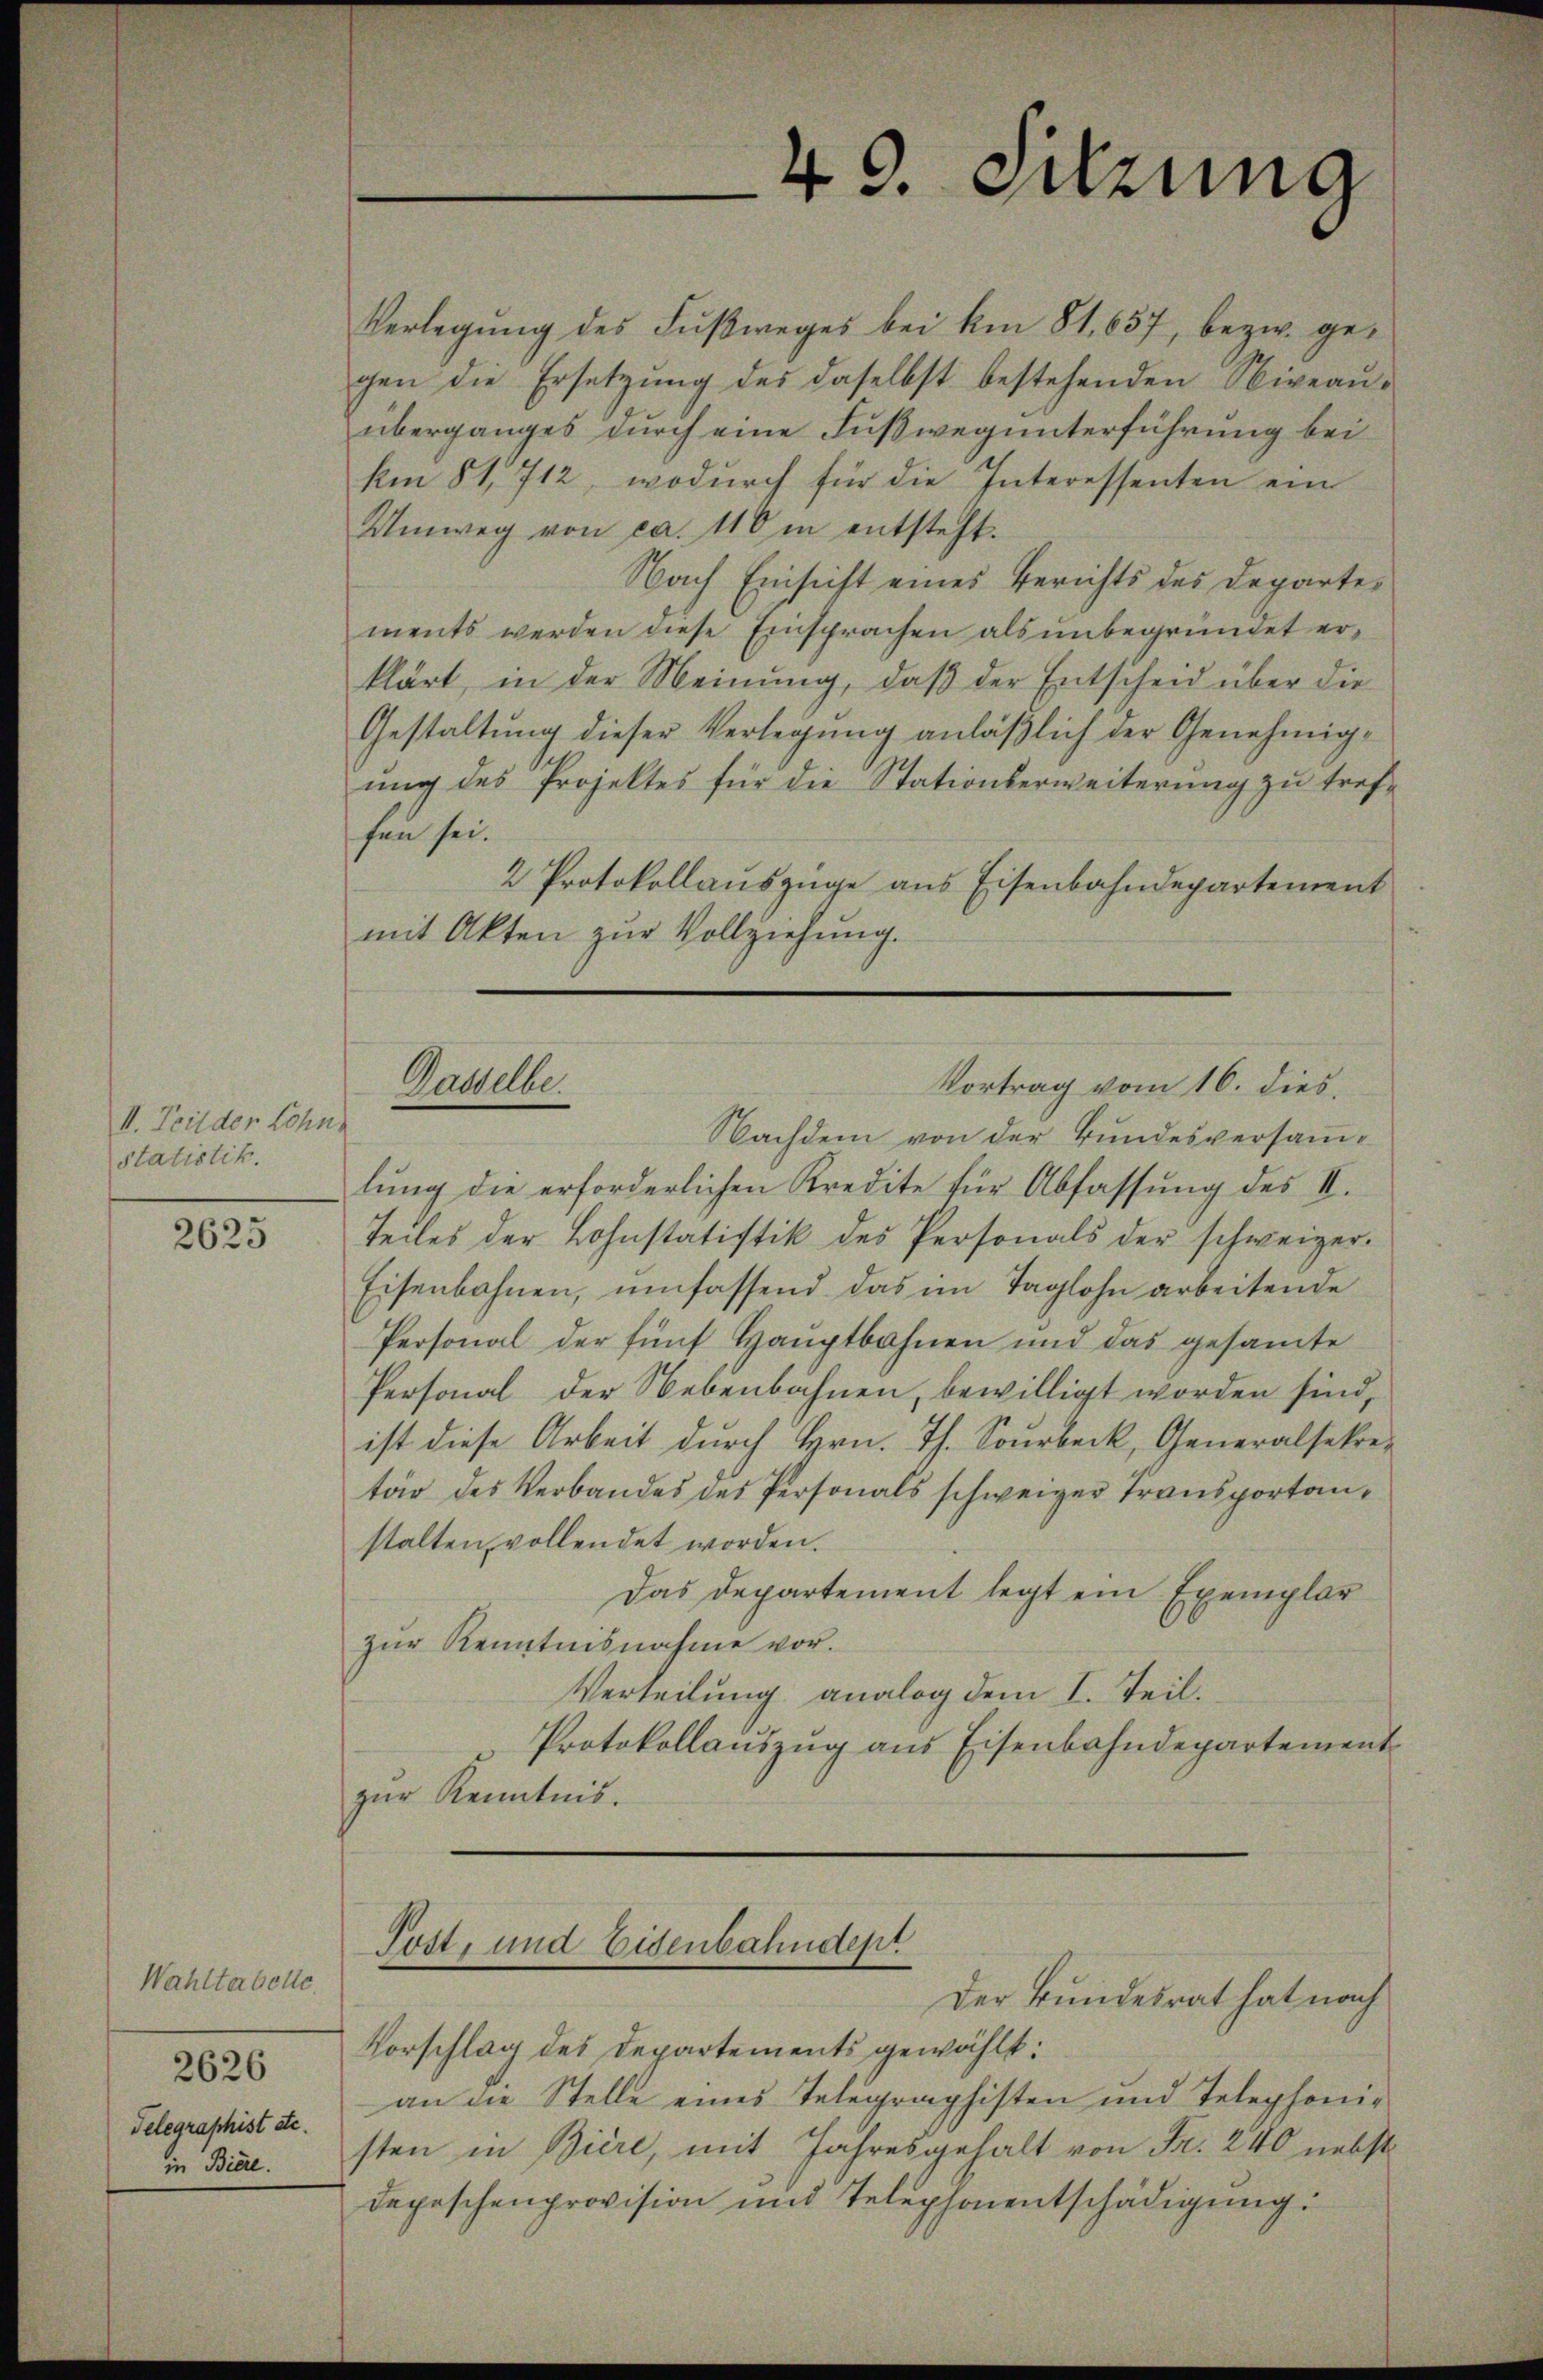
II. Teil der Lohn
statistik.

2625

Wahltabelle
2626
Telegraphist etc.
in Biere.

Verlegung des Fußweges bei Am 81. 657, bezw. gegen die Ersetzung des daselbst bestehenden Niveauüberganges durch eine Fußweg unterführung bei
km 81, 712, wodurch für die Interessenten ein
Umweg von ca. 110 in entsteht.
Nach Einsicht eines Berichts des Departements werden diese Einsprachen als unbegründet erklärt, in der Meinung, daß der Entscheid über die
Gestaltung dieser Verlegung anläßlich der Genehmigŭng des Projektes für die Stationserweiterŭng zŭ tref-
fen sei.
2 Protokollauszüge aus Eisenbahndepartement
mit Akten zur Vollziehung.

49. Sitzung

Vortrag vom 16. dies
Dasselbe.

Nachdem von der Bundesversamlŭng die erforderlichen Kredite für Abfassŭng des II.
Teiles der Lohnstatistik des Personals der schweizer-
Eisenbahnen, umfassend das im Taglohn arbeitende
Personal der fünf Hauptbahnen und das gesamte
Personal der Nebenbahnen, bewilligt worden sind
ist diese Arbeit durch Hrn. Th. Sourbeck, Generalsekretär des Verbandes des Personals schweiger Transportanstalten vollendet worden.
Das Departement legt ein Exemplar
zŭr Kenntnisnahme vor.
Verteilung analog dem I. Teil.
Protokollauszug aus Eisenbahndepartement
zur Kenntnis.
Post, und Eisenbahndept
Der Bundesrat hat nach
Vorschlag des Departements gewählt.
an die Stelle eines Telegraphisten und Telephonisten in Biere, mit Jahresgehalt von Fr. 240 nebst
Depeschenprovision und Telephonentschädigung: